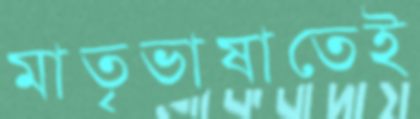
মাতৃভাষাতেই